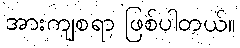
အားကျစရာ ဖြစ်ပါတယ်။